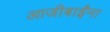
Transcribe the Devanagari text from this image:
आजीबाईंना